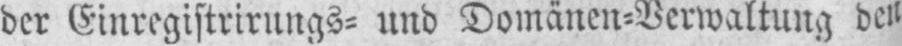
der Einregistrirungs⸗ und Domänen⸗Verwaltung den